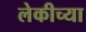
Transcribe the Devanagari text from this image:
लेकीच्या